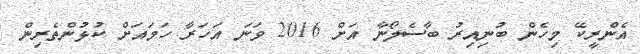
އެންރީކޭ މިހެން ބުނިއިރު ބާސެލޯނާ އަށް 2016 ވަނަ އަހަރާ ހަމައަށް ކުޅުންތެރިން